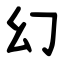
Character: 幻